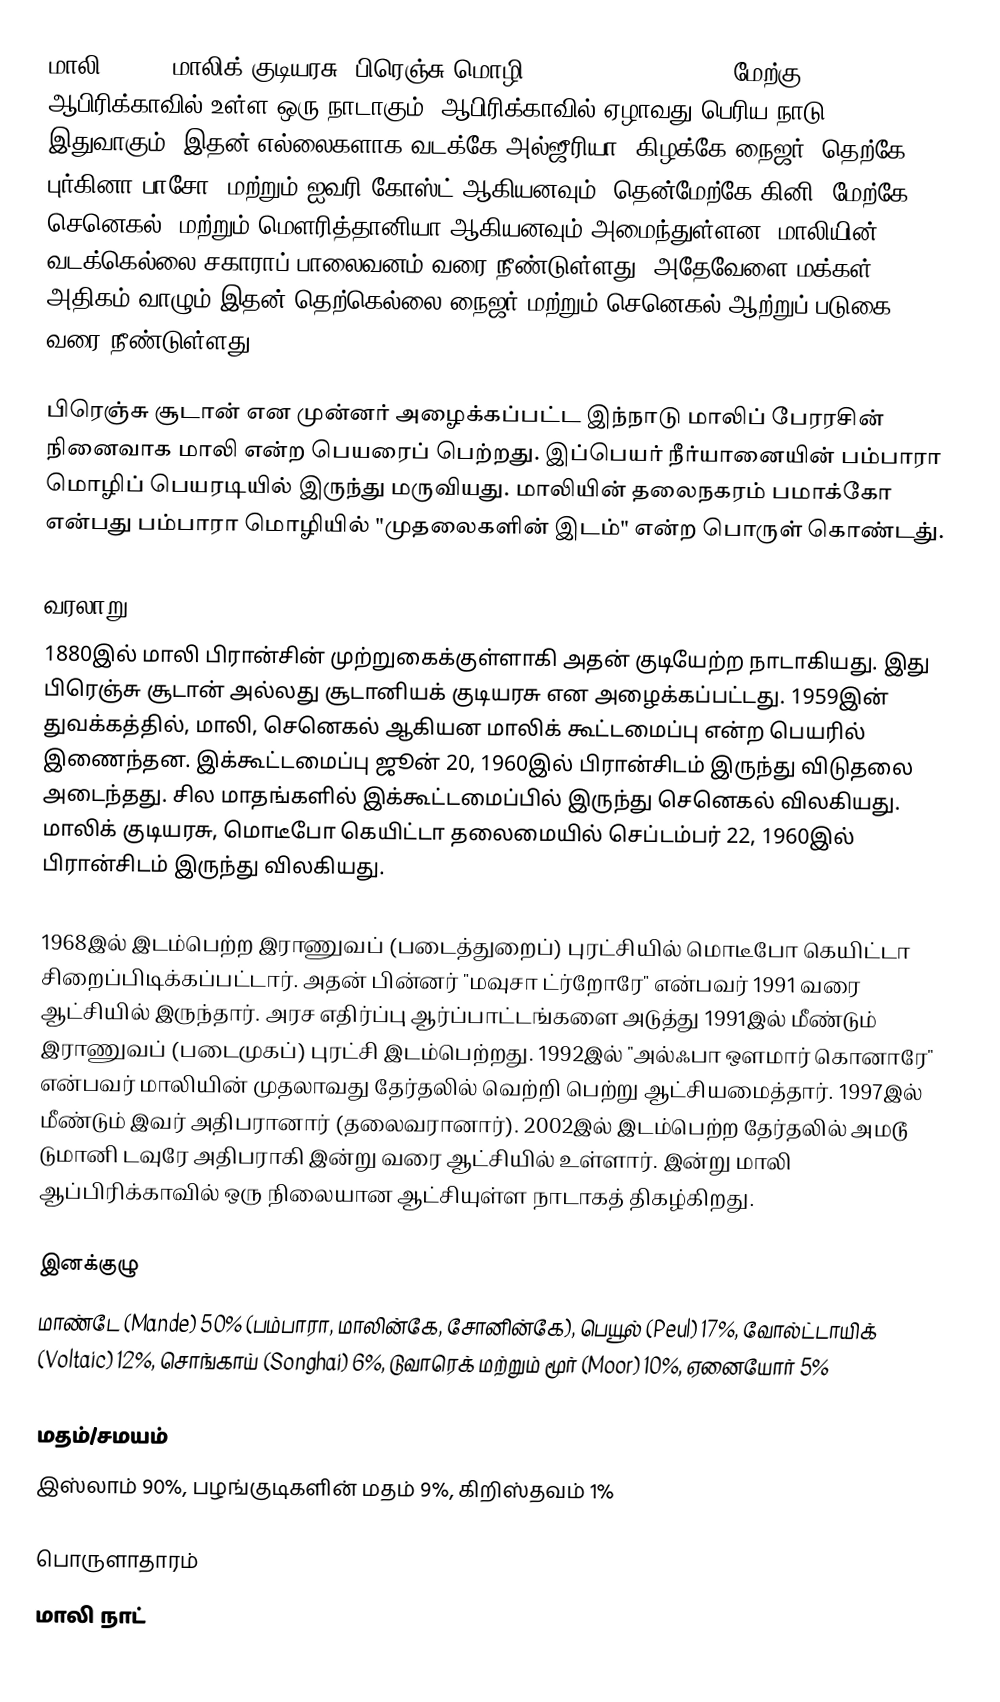
மாலி (Mali, மாலிக் குடியரசு, பிரெஞ்சு மொழி: République du Mali), மேற்கு ஆபிரிக்காவில் உள்ள ஒரு நாடாகும். ஆபிரிக்காவில் ஏழாவது பெரிய நாடு இதுவாகும். இதன் எல்லைகளாக வடக்கே அல்ஜீரியா, கிழக்கே நைஜர், தெற்கே புர்கினா பாசோ, மற்றும் ஐவரி கோஸ்ட் ஆகியனவும், தென்மேற்கே கினி, மேற்கே செனெகல், மற்றும் மௌரித்தானியா ஆகியனவும் அமைந்துள்ளன. மாலியின் வடக்கெல்லை சகாராப் பாலைவனம் வரை நீண்டுள்ளது. அதேவேளை மக்கள் அதிகம் வாழும் இதன் தெற்கெல்லை நைஜர் மற்றும் செனெகல் ஆற்றுப் படுகை வரை நீண்டுள்ளது.

பிரெஞ்சு சூடான் என முன்னர் அழைக்கப்பட்ட இந்நாடு மாலிப் பேரரசின் நினைவாக மாலி என்ற பெயரைப் பெற்றது. இப்பெயர் நீர்யானையின் பம்பாரா மொழிப் பெயரடியில் இருந்து மருவியது. மாலியின் தலைநகரம் பமாக்கோ என்பது பம்பாரா மொழியில் "முதலைகளின் இடம்" என்ற பொருள் கொண்டது்.

வரலாறு
1880இல் மாலி பிரான்சின் முற்றுகைக்குள்ளாகி அதன் குடியேற்ற நாடாகியது. இது பிரெஞ்சு சூடான் அல்லது சூடானியக் குடியரசு என அழைக்கப்பட்டது. 1959இன் துவக்கத்தில், மாலி, செனெகல் ஆகியன மாலிக் கூட்டமைப்பு என்ற பெயரில் இணைந்தன. இக்கூட்டமைப்பு ஜூன் 20, 1960இல் பிரான்சிடம் இருந்து விடுதலை அடைந்தது. சில மாதங்களில் இக்கூட்டமைப்பில் இருந்து செனெகல் விலகியது. மாலிக் குடியரசு, மொடீபோ கெயிட்டா தலைமையில் செப்டம்பர் 22, 1960இல் பிரான்சிடம் இருந்து விலகியது.

1968இல் இடம்பெற்ற இராணுவப் (படைத்துறைப்) புரட்சியில் மொடீபோ கெயிட்டா சிறைப்பிடிக்கப்பட்டார். அதன் பின்னர் "மவுசா ட்ர்றோரே" என்பவர் 1991 வரை ஆட்சியில் இருந்தார். அரச எதிர்ப்பு ஆர்ப்பாட்டங்களை அடுத்து 1991இல் மீண்டும் இராணுவப் (படைமுகப்) புரட்சி இடம்பெற்றது. 1992இல் "அல்ஃபா ஔமார் கொனாரே" என்பவர் மாலியின் முதலாவது தேர்தலில் வெற்றி பெற்று ஆட்சியமைத்தார். 1997இல் மீண்டும் இவர் அதிபரானார் (தலைவரானார்). 2002இல் இடம்பெற்ற தேர்தலில் அமடூ டுமானி டவுரே அதிபராகி இன்று வரை ஆட்சியில் உள்ளார். இன்று மாலி ஆப்பிரிக்காவில் ஒரு நிலையான ஆட்சியுள்ள நாடாகத் திகழ்கிறது.

இனக்குழு
மாண்டே (Mande) 50% (பம்பாரா, மாலின்கே, சோனின்கே), பெயூல் (Peul) 17%, வோல்ட்டாயிக் (Voltaic) 12%, சொங்காய் (Songhai) 6%, டுவாரெக் மற்றும் மூர் (Moor) 10%, ஏனையோர் 5%

மதம்/சமயம்
இஸ்லாம் 90%, பழங்குடிகளின் மதம் 9%, கிறிஸ்தவம் 1%

பொருளாதாரம்
மாலி நாட்